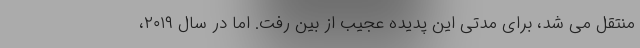
منتقل می شد، برای مدتی این پدیده عجیب از بین رفت. اما در سال ۲۰۱۹،